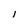
Character: I